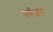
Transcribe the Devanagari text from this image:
पर्यअन